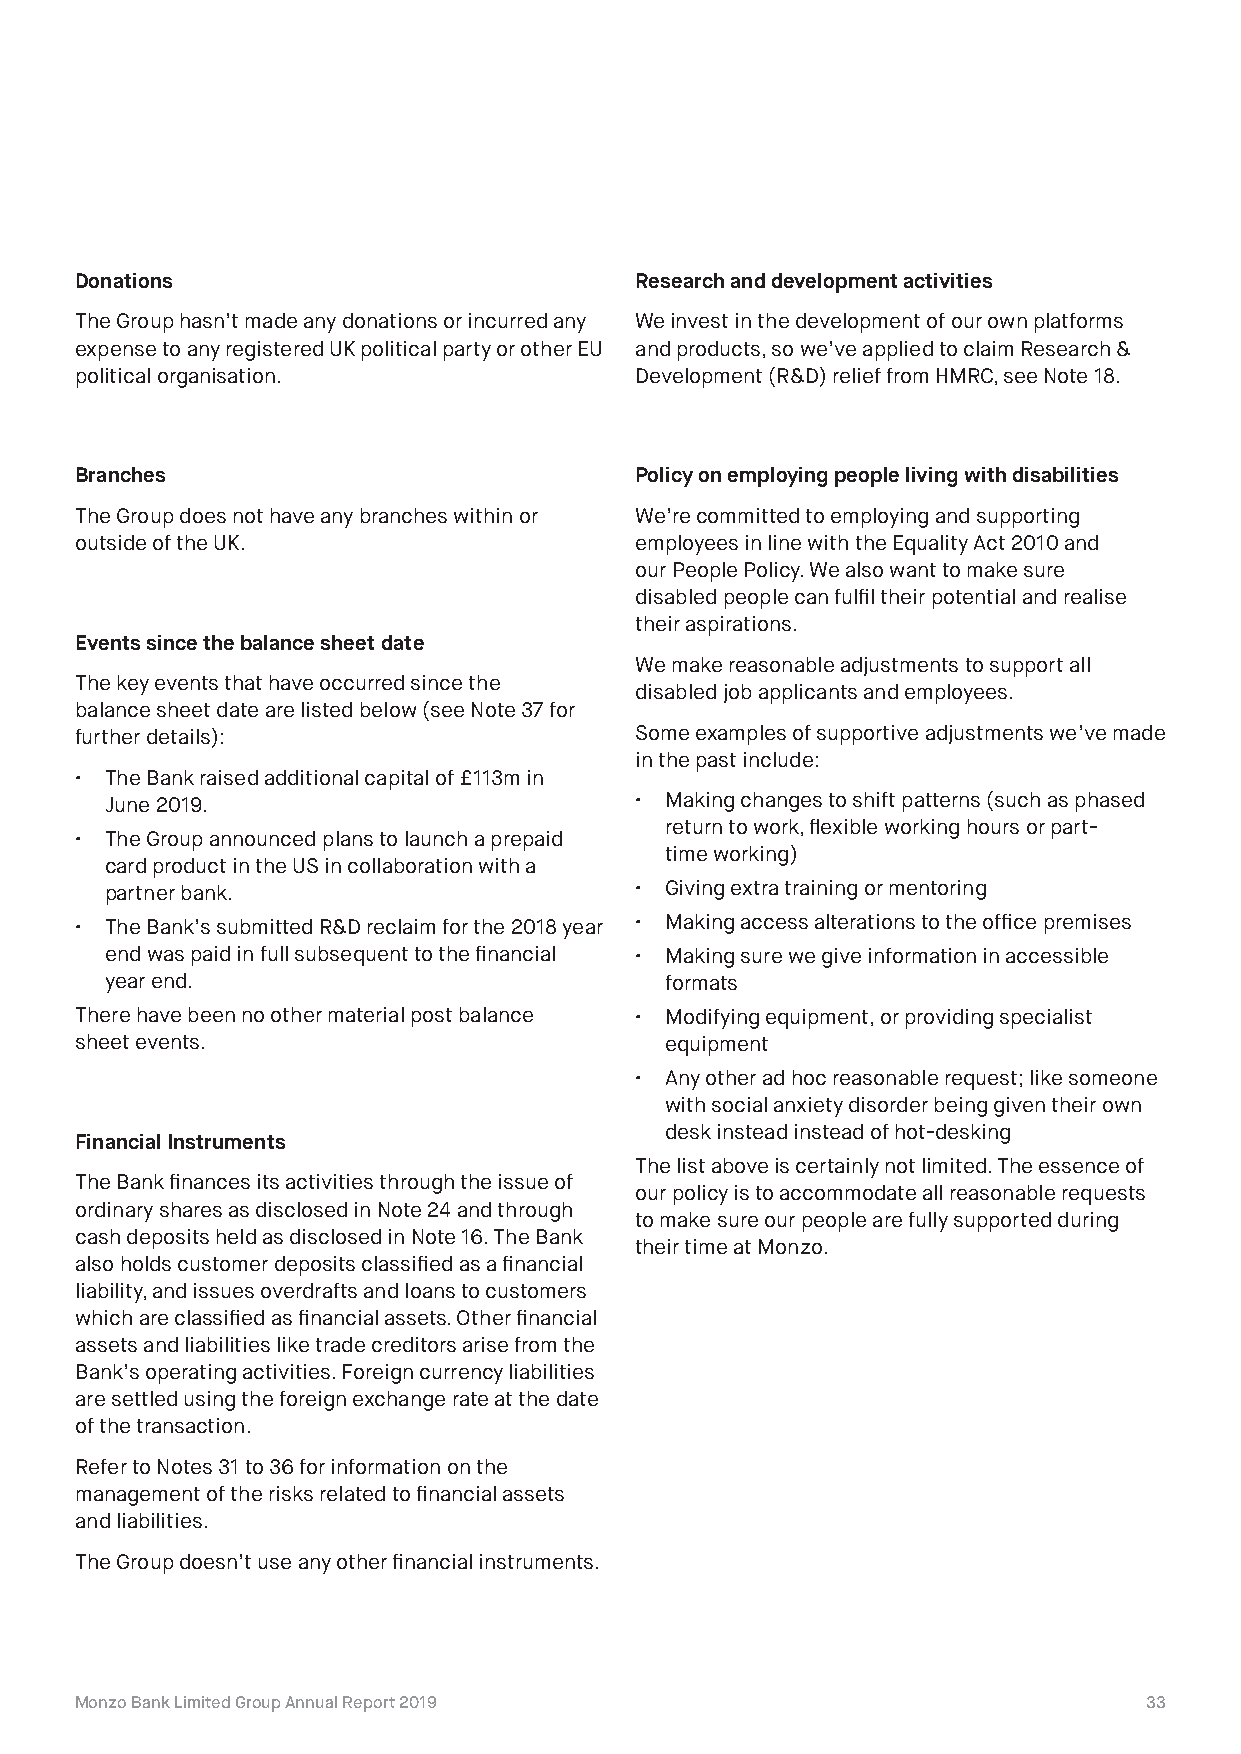
Donations                            Research and development activities
 The Group hasn’t made any donations or incurred any We invest in the development of our own platforms
 expense to any registered UK political party or other EU and products, so we’ve applied to claim Research &
 political organisation.              Development (R&D) relief from HMRC, see Note 18.
 Branches                             Policy on employing people living with disabilities
 The Group does not have any branches within or We’re committed to employing and supporting
 outside of the UK.                   employees in line with the Equality Act 2010 and
 our People Policy. We also want to make sure
 disabled people can fulfil their potential and realise
 their aspirations.
 Events since the balance sheet date
 We make reasonable adjustments to support all
 The key events that have occurred since the
 disabled job applicants and employees.
 balance sheet date are listed below (see Note 37 for
 further details):                    Some examples of supportive adjustments we’ve made
 in the past include:
 • The Bank raised additional capital of £113m in
 June 2019.                         • Making changes to shift patterns (such as phased
 return to work, flexible working hours or part-
 • The Group announced plans to launch a prepaid
 time working)
 card product in the US in collaboration with a
 partner bank.                      • Giving extra training or mentoring
 • The Bank’s submitted R&D reclaim for the 2018 year • Making access alterations to the office premises
 end was paid in full subsequent to the financial • Making sure we give information in accessible
 year end.                            formats
 There have been no other material post balance • Modifying equipment, or providing specialist
 sheet events.                          equipment
 • Any other ad hoc reasonable request; like someone
 with social anxiety disorder being given their own
 desk instead instead of hot-desking
 Financial Instruments
 The list above is certainly not limited. The essence of
 The Bank finances its activities through the issue of
 our policy is to accommodate all reasonable requests
 ordinary shares as disclosed in Note 24 and through
 to make sure our people are fully supported during
 cash deposits held as disclosed in Note 16. The Bank
 their time at Monzo.
 also holds customer deposits classified as a financial
 liability, and issues overdrafts and loans to customers
 which are classified as financial assets. Other financial
 assets and liabilities like trade creditors arise from the
 Bank’s operating activities. Foreign currency liabilities
 are settled using the foreign exchange rate at the date
 of the transaction.
 Refer to Notes 31 to 36 for information on the
 management of the risks related to financial assets
 and liabilities.
 The Group doesn’t use any other financial instruments.
 Monzo Bank Limited Group Annual Report 2019                            33